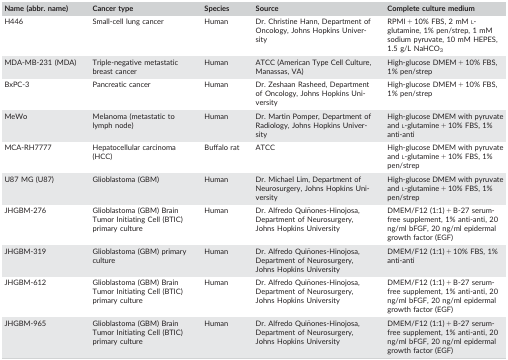
<table><thead><tr><td><b>Name (abbr. name)</b></td><td><b>Cancer type</b></td><td><b>Species</b></td><td><b>Source</b></td><td><b>Complete culture medium</b></td></tr></thead><tbody><tr><td>H446</td><td>Small‐cell lung cancer</td><td>Human</td><td>Dr. Christine Hann, Department of Oncology, Johns Hopkins University</td><td>RPMI + 10% FBS, 2 mM l‐glutamine, 1% pen/strep, 1 mM sodium pyruvate, 10 mM HEPES, 1.5 g/L NaHCO<sub>3</sub></td></tr><tr><td>MDA‐MB‐231 (MDA)</td><td>Triple‐negative metastatic breast cancer</td><td>Human</td><td>ATCC (American Type Cell Culture, Manassas, VA)</td><td>High‐glucose DMEM + 10% FBS, 1% pen/strep</td></tr><tr><td>BxPC‐3</td><td>Pancreatic cancer</td><td>Human</td><td>Dr. Zeshaan Rasheed, Department of Oncology, Johns Hopkins University</td><td>High‐glucose DMEM + 10% FBS, 1% pen/strep</td></tr><tr><td>MeWo</td><td>Melanoma (metastatic to lymph node)</td><td>Human</td><td>Dr. Martin Pomper, Department of Radiology, Johns Hopkins University</td><td>High‐glucose DMEM with pyruvate and l‐glutamine + 10% FBS, 1% anti‐anti</td></tr><tr><td>MCA‐RH7777</td><td>Hepatocellular carcinoma (HCC)</td><td>Buffalo rat</td><td>ATCC</td><td>High‐glucose DMEM with pyruvate and l‐glutamine + 10% FBS, 1% pen/strep</td></tr><tr><td>U87 MG (U87)</td><td>Glioblastoma (GBM)</td><td>Human</td><td>Dr. Michael Lim, Department of Neurosurgery, Johns Hopkins University</td><td>High‐glucose DMEM with pyruvate and l‐glutamine + 10% FBS, 1% pen/strep</td></tr><tr><td>JHGBM‐276</td><td>Glioblastoma (GBM) Brain Tumor Initiating Cell (BTIC) primary culture</td><td>Human</td><td>Dr. Alfredo Quiñones‐Hinojosa, Department of Neurosurgery, Johns Hopkins University</td><td>DMEM/F12 (1:1) + B‐27 serum‐free supplement, 1% anti‐anti, 20 ng/ml bFGF, 20 ng/ml epidermal growth factor (EGF)</td></tr><tr><td>JHGBM‐319</td><td>Glioblastoma (GBM) primary culture</td><td>Human</td><td>Dr. Alfredo Quiñones‐Hinojosa, Department of Neurosurgery, Johns Hopkins University</td><td>DMEM/F12 (1:1) + 10% FBS, 1% anti‐anti</td></tr><tr><td>JHGBM‐612</td><td>Glioblastoma (GBM) Brain Tumor Initiating Cell (BTIC) primary culture</td><td>Human</td><td>Dr. Alfredo Quiñones‐Hinojosa, Department of Neurosurgery, Johns Hopkins University</td><td>DMEM/F12 (1:1) + B‐27 serum‐free supplement, 1% anti‐anti, 20 ng/ml bFGF, 20 ng/ml epidermal growth factor (EGF)</td></tr><tr><td>JHGBM‐965</td><td>Glioblastoma (GBM) Brain Tumor Initiating Cell (BTIC) primary culture</td><td>Human</td><td>Dr. Alfredo Quiñones‐Hinojosa, Department of Neurosurgery, Johns Hopkins University</td><td>DMEM/F12 (1:1) + B‐27 serum‐free supplement, 1% anti‐anti, 20 ng/ml bFGF, 20 ng/ml epidermal growth factor (EGF)</td></tr></tbody></table>